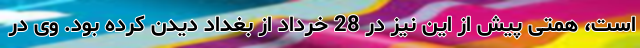
است، همتی پیش از این نیز در 28 خرداد از بغداد دیدن کرده بود. وی در